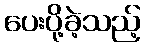
ပေးပို့ခဲ့သည့်